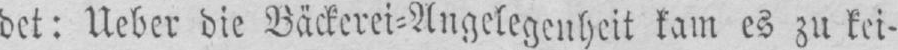
det: Ueber die Bäckerei⸗Angelegenheit kam es zu kei-